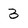
Character: 3